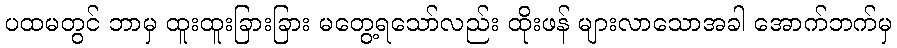
ပထမတွင် ဘာမှ ထူးထူးခြားခြား မတွေ့ရသော်လည်း ထိုးဖန် များလာသောအခါ အောက်ဘက်မှ